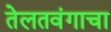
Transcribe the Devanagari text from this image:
तेलतवंगाचा